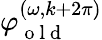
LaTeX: \varphi_{\mathrm{~o~l~d~}}^{(\omega,k+2\pi)}